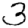
Digit: 3